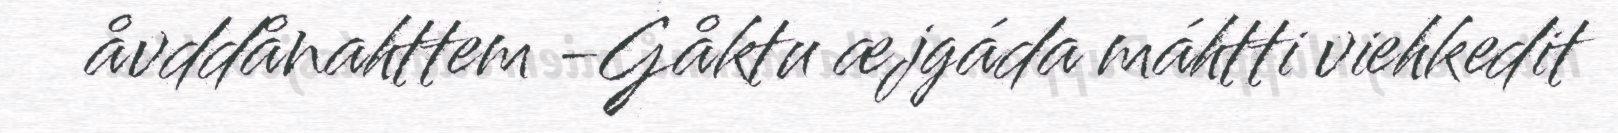
åvddånahttem -Gåktu æjgáda máhtti viehkedit